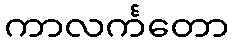
ကာလင်္ကတော